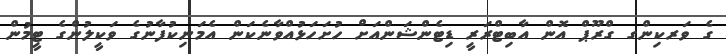
ގެ ވަރކިންގ ގްރޫޕް އޮން އާބިޓްރަރީ ޑިޓެންޝަންއަށް ހުށަހަޅުއްވާނެކަން އެމަނިކުފާނުގެ ވަކީލުންގެ ޓީމުން